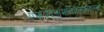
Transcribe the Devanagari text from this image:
एकपदताम्रलिप्तककोषलका